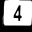
Digit: 4